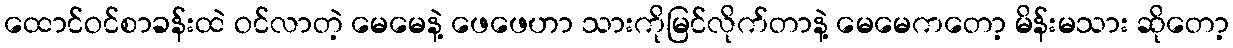
ထောင်ဝင်စာခန်းထဲ ဝင်လာတဲ့ မေမေနဲ့ ဖေဖေဟာ သားကိုမြင်လိုက်တာနဲ့ မေမေကတော့ မိန်းမသား ဆိုတော့